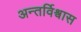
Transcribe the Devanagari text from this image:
अन्तर्विश्वास